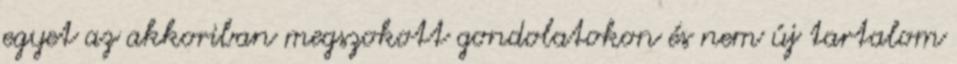
egyet az akkoriban megszokott gondolatokon és nem új tartalom